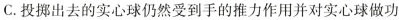
C.投掷出去的实心球仍然受到手的推力作用并对实心球做功